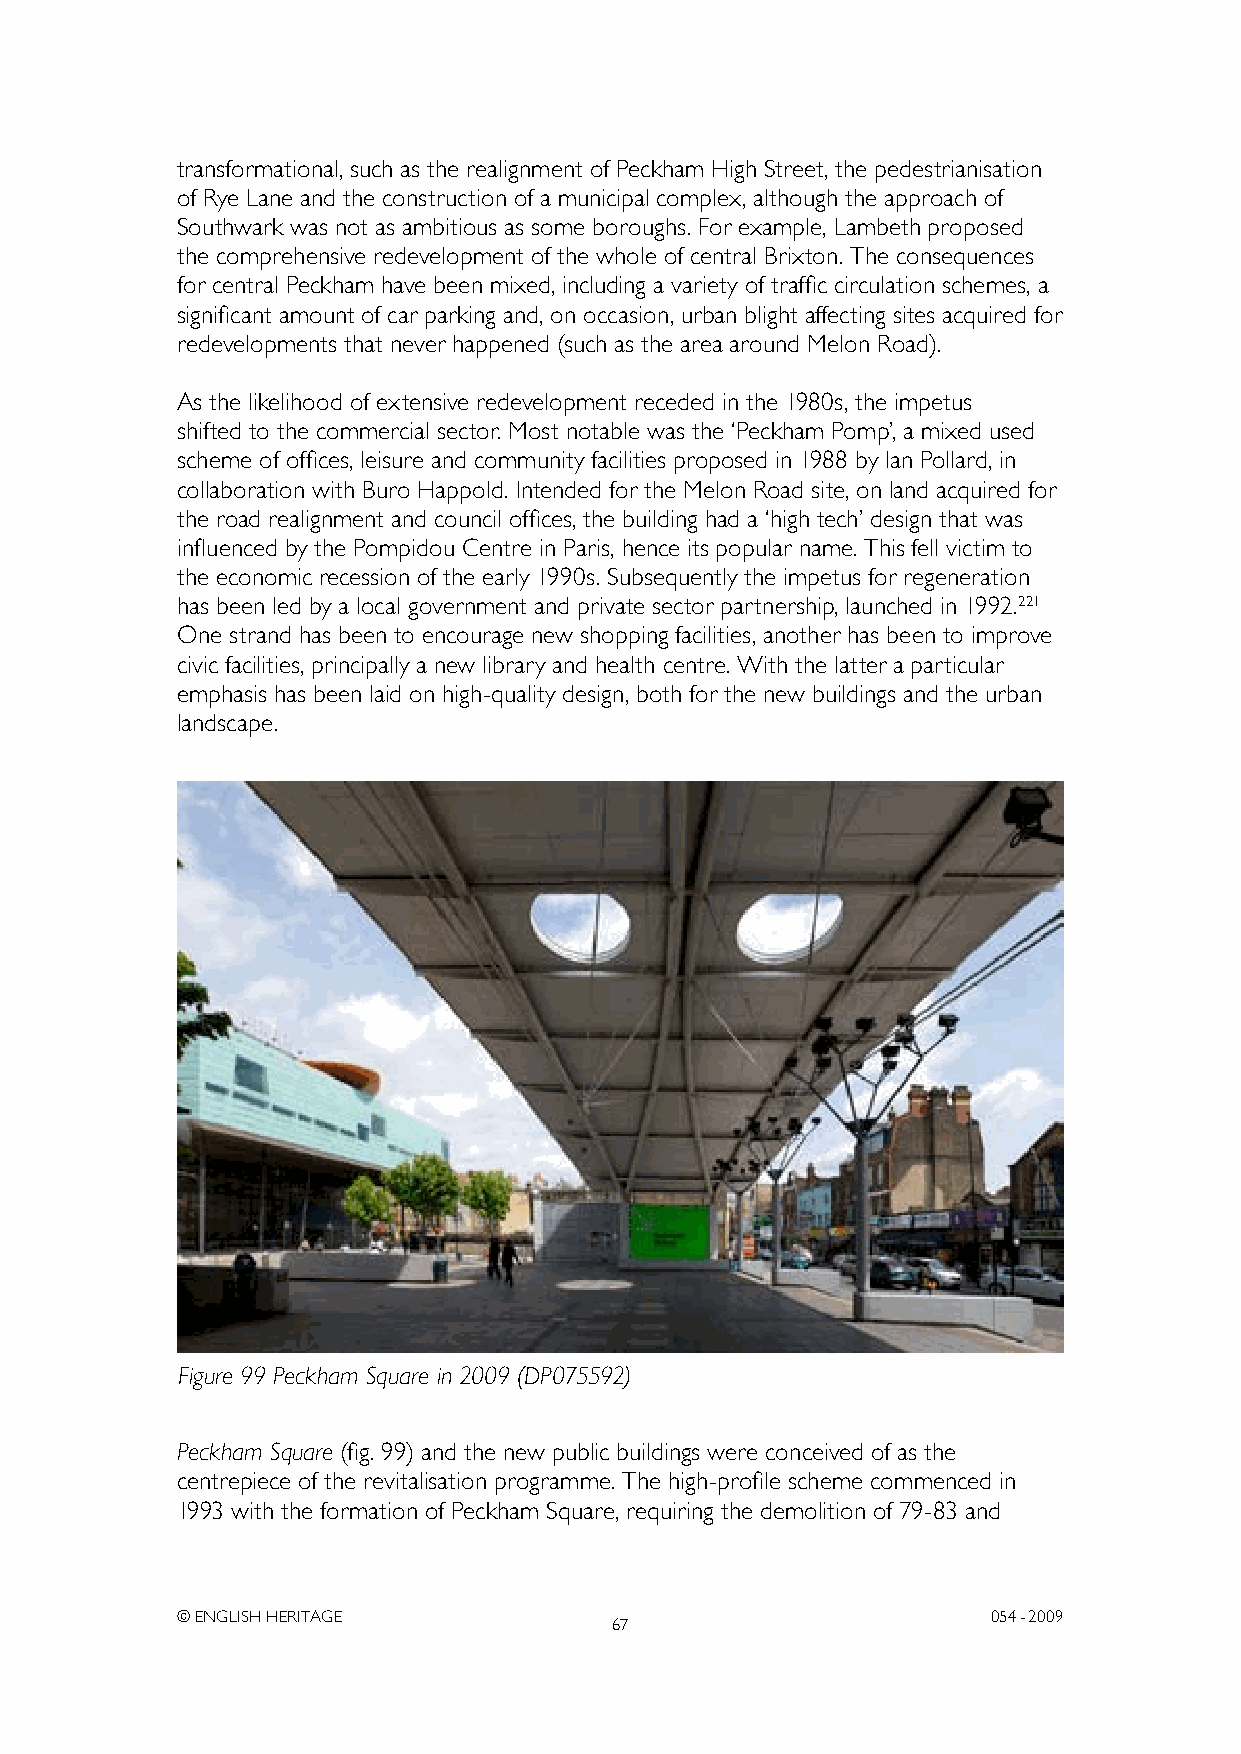
transformational, such as the realignment of Peckham High Street, the pedestrianisation
 of Rye Lane and the construction of a municipal complex, although the approach of
 Southwark was not as ambitious as some boroughs. For example, Lambeth proposed
 the comprehensive redevelopment of the whole of central Brixton. The consequences
 for central Peckham have been mixed, including a variety of traffic circulation schemes, a
 significant amount of car parking and, on occasion, urban blight affecting sites acquired for
 redevelopments that never happened (such as the area around Melon Road).
 As the likelihood of extensive redevelopment receded in the 1980s, the impetus
 shifted to the commercial sector. Most notable was the ‘Peckham Pomp’, a mixed used
 scheme of offices, leisure and community facilities proposed in 1988 by Ian Pollard, in
 collaboration with Buro Happold. Intended for the Melon Road site, on land acquired for
 the road realignment and council offices, the building had a ‘high tech’ design that was
 influenced by the Pompidou Centre in Paris, hence its popular name. This fell victim to
 the economic recession of the early 1990s. Subsequently the impetus for regeneration
 has been led by a local government and private sector partnership, launched in 1992.221
 One strand has been to encourage new shopping facilities, another has been to improve
 civic facilities, principally a new library and health centre. With the latter a particular
 emphasis has been laid on high-quality design, both for the new buildings and the urban
 landscape.
 Figure 99 Peckham Square in 2009 (DP075592)
 Peckham Square (fig. 99) and the new public buildings were conceived of as the
 centrepiece of the revitalisation programme. The high-profile scheme commenced in
 1993 with the formation of Peckham Square, requiring the demolition of 79-83 and
 © ENGLISH HERITAGE                                    054- 2009
 67